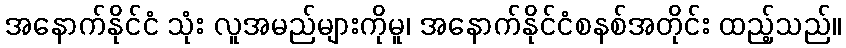
အနောက်နိုင်ငံ သုံး လူအမည်များကိုမူ၊ အနောက်နိုင်ငံစနစ်အတိုင်း ထည့်သည်။